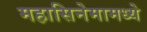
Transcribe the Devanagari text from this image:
महासिनेमामध्ये